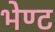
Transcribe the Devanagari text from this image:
भेण्ट